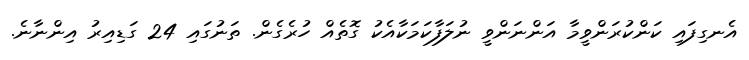
އެނގިފައި ކަންކުރަންވީމާ އަންނަންވީ ނުލަފާކަމަކާއެކު ގޮތެއް ހުރެގެން. ތަނުގައި 24 ގަޑިއިރު އިންނާނެ.